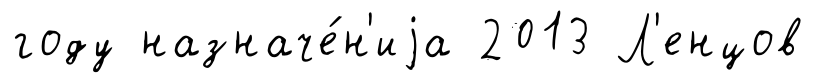
году назначе́н'иjа 2013 Л'енцов